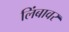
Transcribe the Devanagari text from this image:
लिंबावर